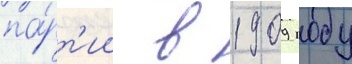
па́рт'ии в 1909 году